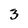
Character: 3